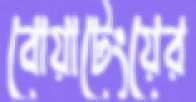
বোয়াটেংয়ের